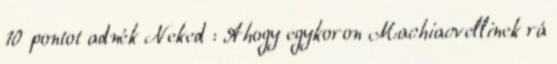
10 pontot adnék Neked : Ahogy egykoron Machiacvellinek rá